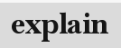
explain